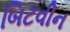
બિટવીન